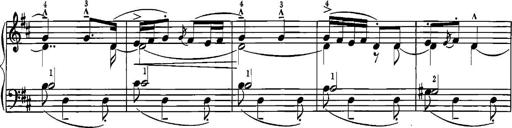
Title: Sonatina for Piano
Composer: BÃ©la BartÃ³k